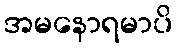
အမနောရမာပိ